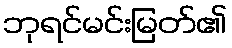
ဘုရင်မင်းမြတ်၏